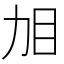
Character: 𱲤